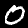
Digit: 0